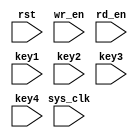
module FSM(
	input sys_clk,
	input rst,	// active_high
	
	input wr_en,	// write enable
	input rd_en,	// read enable
	
	input key1,		// active_low
	input key2,		// active_low
	input key3,		// active_low
	input key4		// active_low
);

parameter IDLE		= 3'd1;
parameter MEM_WRITE	= 3'd2;
parameter MEM_READ	= 3'd3;
parameter MEM_ADDR	= 3'd4;

reg [7:0] addr;
reg [7:0] wr_cnt;
reg [7:0] rd_cnt;


reg [2:0] state;

reg key_state1 = 1'b0; 
reg key_state2 = 1'b0; 
reg key_state3 = 1'b0; 
reg key_state4 = 1'b0; 

reg key_state1_bk = 1'b0; 
reg key_state2_bk = 1'b0; 
reg key_state3_bk = 1'b0; 
reg key_state4_bk = 1'b0; 

//	
always@( posedge key1 )
begin
	key_state1 <= ~key_state1;
end

always@( posedge key2 )
begin
	key_state2 <= ~key_state2;
end

always@( posedge key3 )
begin
	key_state3 <= ~key_state3;
end

//	key4432bit
always@( posedge key4 )
begin
	key_state4 <= ~key_state4;
end

always@( posedge sys_clk or posedge rst )
begin

	if(rst) 
		begin
			state 	<= IDLE;
			addr   	<= 8'd0;
			wr_cnt 	<= 8'd0;
			rd_cnt 	<= 8'd0;
		end
	else 
	begin
		case(state)
			IDLE:
			begin
				if( key_state1 != key_state1_bk )
					state <= IDLE;
				else if( key_state2 != key_state2_bk )
					state <= MEM_WRITE;
				else if( key_state3 != key_state3_bk )
					state <= MEM_READ;
				else if( key_state4 != key_state4_bk )
					state <= MEM_ADDR;
				else
					state <= IDLE;
			end
			
			MEM_WRITE: // IDLE
			begin
				if(wr_en) begin
					wr_cnt <= wr_cnt + 8'd1;
					key_state2_bk <= ~key_state2_bk;
				end
				state <= IDLE;
			end
			
			MEM_READ: // IDLE
			begin
				if(rd_en) begin
					rd_cnt <= rd_cnt + 8'd1;
					key_state3_bk <= ~key_state3_bk;
				end
				state <= IDLE;
			end
			
			MEM_ADDR:
			begin
				addr <= addr + 8'd4;
				state <= IDLE;
			end
			
//			default:
//			begin
//				begin
//					state <= IDLE;
//				end
//			end
		endcase
	end
	
	
end

endmodule